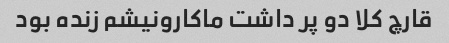
قارچ کلا دو پر داشت ماکارونیشم زنده بود